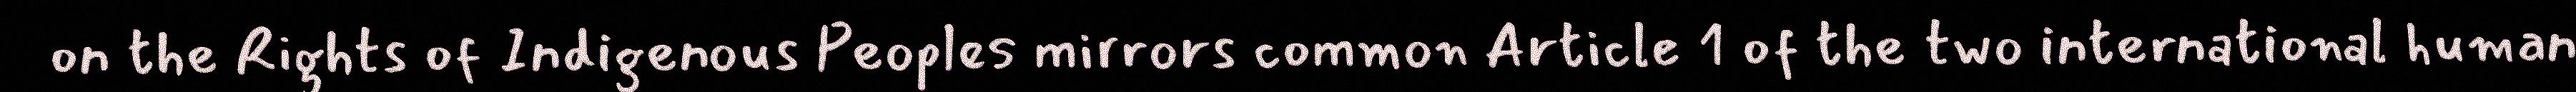
on the Rights of Indigenous Peoples mirrors common Article 1 of the two international human